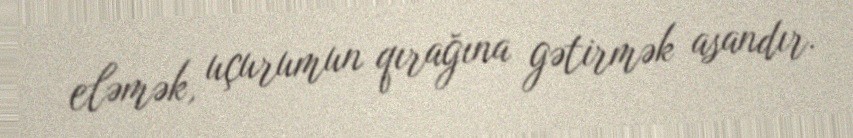
eləmək, uçurumun qırağına gətirmək asandır.